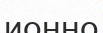
ионно